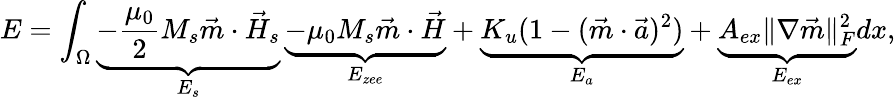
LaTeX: E=\int_{\Omega}\underbrace{-\frac{\mu_{0}}{2}M_{s}\vec{m}\cdot\vec{H}_{s}}_{E_{s}}\, \underbrace{-\mu_{0}M_{s}\vec{m}\cdot\vec{H}}_{E_{zee}}+\underbrace{K_{u}(1-(\vec{m}\cdot\vec{a})^{2})}_{E_{a}}+\underbrace{A_{ex}\| \nabla\vec{m}\| _{F}^{2}}_{E_{ex}}dx,